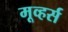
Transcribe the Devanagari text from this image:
मूव्हर्स